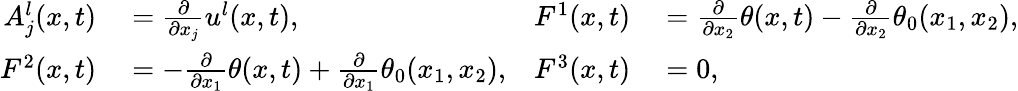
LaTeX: \begin{array}{rlrl}{A_{j}^{l}(x,t)}&{{}=\frac{\partial}{\partial x_{j}}u^{l}(x,t),}&{F^{1}(x,t)}&{{}=\frac{\partial}{\partial x_{2}}\theta(x,t)-\frac{\partial}{\partial x_{2}}\theta_{0}(x_{1},x_{2}),}\\ {F^{2}(x,t)}&{{}=-\frac{\partial}{\partial x_{1}}\theta(x,t)+\frac{\partial}{\partial x_{1}}\theta_{0}(x_{1},x_{2}),}&{F^{3}(x,t)}&{{}=0,}\end{array}